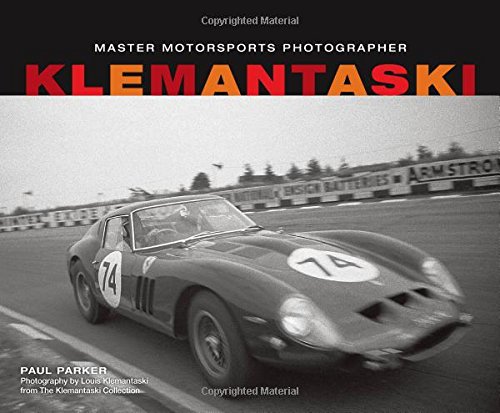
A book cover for Klemantaski: Master Motorsports Photographer; Paul Parker; Engineering & Transportation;